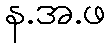
န.အ.ဖ